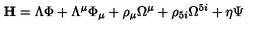
\mathrm { \bf { H } } = \Lambda { \Phi } + \Lambda ^ { \mu } { \Phi } _ { \mu } + \rho _ { \mu } \Omega ^ { \mu } + \rho _ { 5 i } \Omega ^ { 5 i } + \eta \Psi